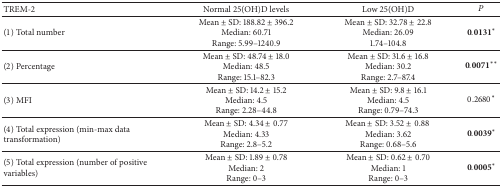
<table><thead><tr><td><b>TREM-2</b></td><td><b>Normal 25(OH)D levels</b></td><td><b>Low 25(OH)D </b></td><td><b><i>P</i></b></td></tr></thead><tbody><tr><td>(1) Total number</td><td>Mean ± SD: 188.82 ± 396.2Median: 60.71Range: 5.99–1240.9</td><td>Mean ± SD: 32.78 ± 22.8Median: 26.091.74–104.8</td><td>0.0131<sup><i>∗</i></sup></td></tr><tr><td>(2) Percentage</td><td>Mean ± SD: 48.74 ± 18.0Median: 48.5Range: 15.1–82.3</td><td>Mean ± SD: 31.6 ± 16.8Median: 30.2Range: 2.7–87.4</td><td>0.0071<sup><i>∗∗</i></sup></td></tr><tr><td>(3) MFI</td><td>Mean ± SD: 14.2 ± 15.2Median: 4.5Range: 2.28–44.8</td><td>Mean ± SD: 9.8 ± 16.1Median: 4.5Range: 0.79–74.3</td><td>0.2680<sup><i>∗</i></sup></td></tr><tr><td>(4) Total expression (min-max data transformation)</td><td>Mean ± SD: 4.34 ± 0.77Median: 4.33Range: 2.8–5.2</td><td>Mean ± SD: 3.52 ±0.88 Median: 3.62Range: 0.68–5.6</td><td>0.0039<sup><i>∗</i></sup></td></tr><tr><td>(5) Total expression (number of positive variables)</td><td>Mean ± SD: 1.89 ± 0.78Median: 2Range: 0–3</td><td>Mean ± SD: 0.62 ± 0.70Median: 1Range: 0–3</td><td>0.0005<sup><i>∗</i></sup></td></tr></tbody></table>